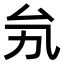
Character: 𠫜